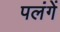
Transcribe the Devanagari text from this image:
पलंगें